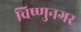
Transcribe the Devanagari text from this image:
विष्णुनगर